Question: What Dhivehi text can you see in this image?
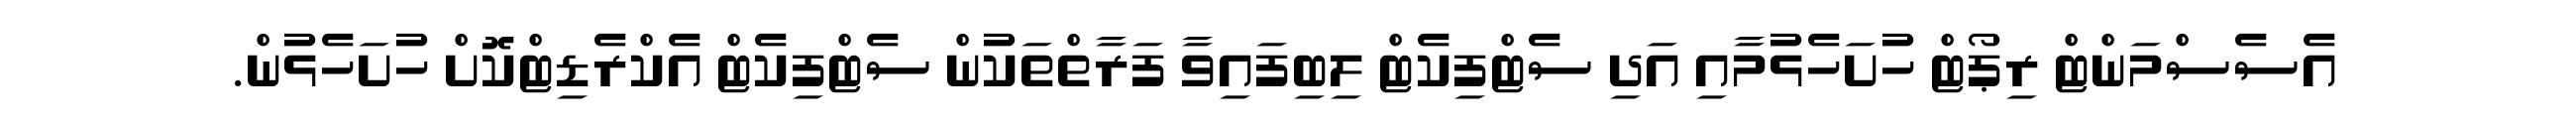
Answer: އެސެސްމަންޓް ރިޕޯޓް ހުށަހެޅުމާއި އަދި ސެޓްފިކެޓް ލިބިފައިވާ ފަރާތްތަކުން ސެޓްފިކެޓް އެކްރެޑިޓްކޮށް ހުށަހެޅުން.